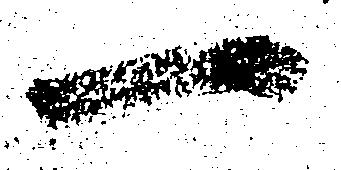
一